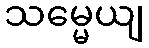
သမ္မေယျ